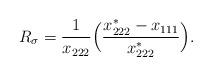
LaTeX: \begin{align*}R_{\sigma}=\dfrac{1}{x_{222}}\Big(\dfrac{x_{222}^*-x_{111}}{x_{222}^*}\Big).\end{align*}